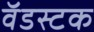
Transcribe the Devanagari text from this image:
वॅडस्टक